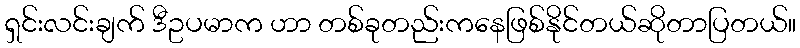
ရှင်းလင်းချက် ဒီဥပမာက ဟာ တစ်ခုတည်းကနေဖြစ်နိုင်တယ်ဆိုတာပြတယ်။